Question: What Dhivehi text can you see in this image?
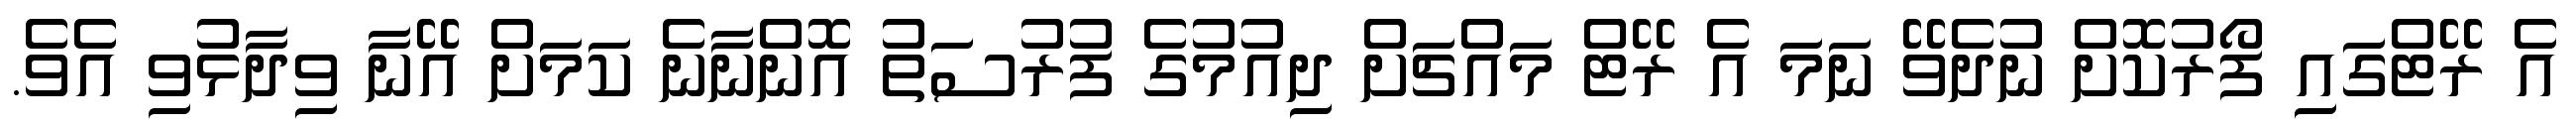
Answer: އެ ރޭޓްގައި ފޯރުކޮށް ނުދެވޭ ނަމަ އެ ރޭޓް މައްޗަށް ދިއުމުގެ ފުރުސަތު އޮންނާނެ ކަމަށް އޭނާ ވިދާޅުވި އެވެ.